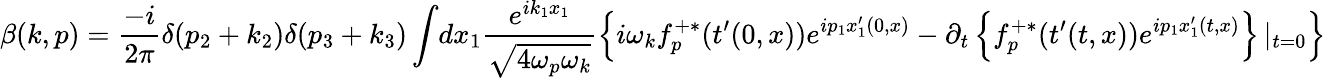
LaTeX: \beta(k,p)=\frac{-i}{2\pi}\delta(p_{2}+k_{2})\delta(p_{3}+k_{3})\int\! dx_{1}\frac{e^{ik_{1}x_{1}}}{\sqrt{4\omega_{p}\omega_{k}}}\left\{ i\omega_{k}f_{p}^{+\ast}(t^{\prime}(0,x))e^{ip_{1}x_{1}^{\prime}(0,x)}-\partial_{t}\left\{ f_{p}^{+\ast}(t^{\prime}(t,x))e^{ip_{1}x_{1}^{\prime}(t,x)}\right\} \left|_{t=0}\right.\right\}